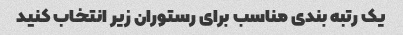
یک رتبه بندی مناسب برای رستوران زیر انتخاب کنید